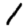
Digit: 1